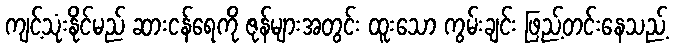
ကျင့်သုံးနိုင်မည် ဆားငန်ရေကို ဇုန်များအတွင်း ထူးသော ကွမ်းချင်း ဖြည့်တင်းနေသည့်